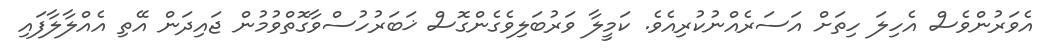
އެވަރުންވެސް އެހިލަ ހިތަށް އަސަރެއްނުކުރިއެވެ. ކަމީލާ ވަރުބަލިވެގެންގޮސް ޚަބަރުހުސްވާގޮތްވުމުން ޖައިދަން އޭތި އެއްލާލާފައި